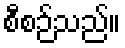
စီစဉ်သည်။